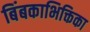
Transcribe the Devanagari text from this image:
बिंबकाभिक्तिका